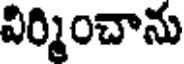
విర్మించాను